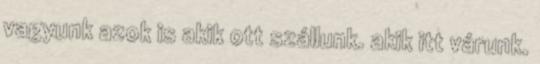
vagyunk azok is akik ott szállunk. akik itt várunk.